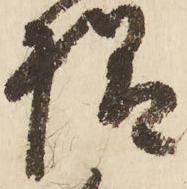
様